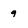
Character: 9